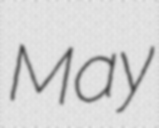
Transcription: May